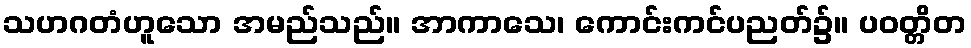
သဟဂတံဟူသော အမည်သည်။ အာကာသေ၊ ကောင်းကင်ပညတ်၌။ ပဝတ္တိတ